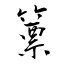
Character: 篻